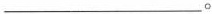
___。